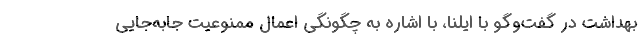
بهداشت در گفت‌وگو با ایلنا، با اشاره به چگونگی اعمال ممنوعیت جابه‌جایی